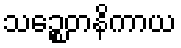
သဉ္စေတနိကာယ